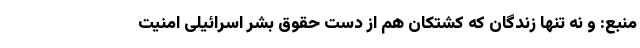
منبع: و نه تنها زندگان که کشتکان هم از دست حقوق بشر اسرائیلی امنیت